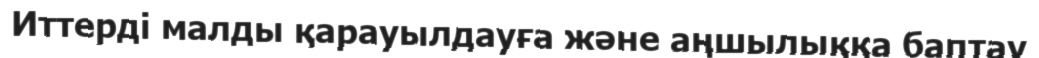
Иттерді малды қарауылдауға және аңшылыққа баптау